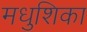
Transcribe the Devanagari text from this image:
मधुशिका